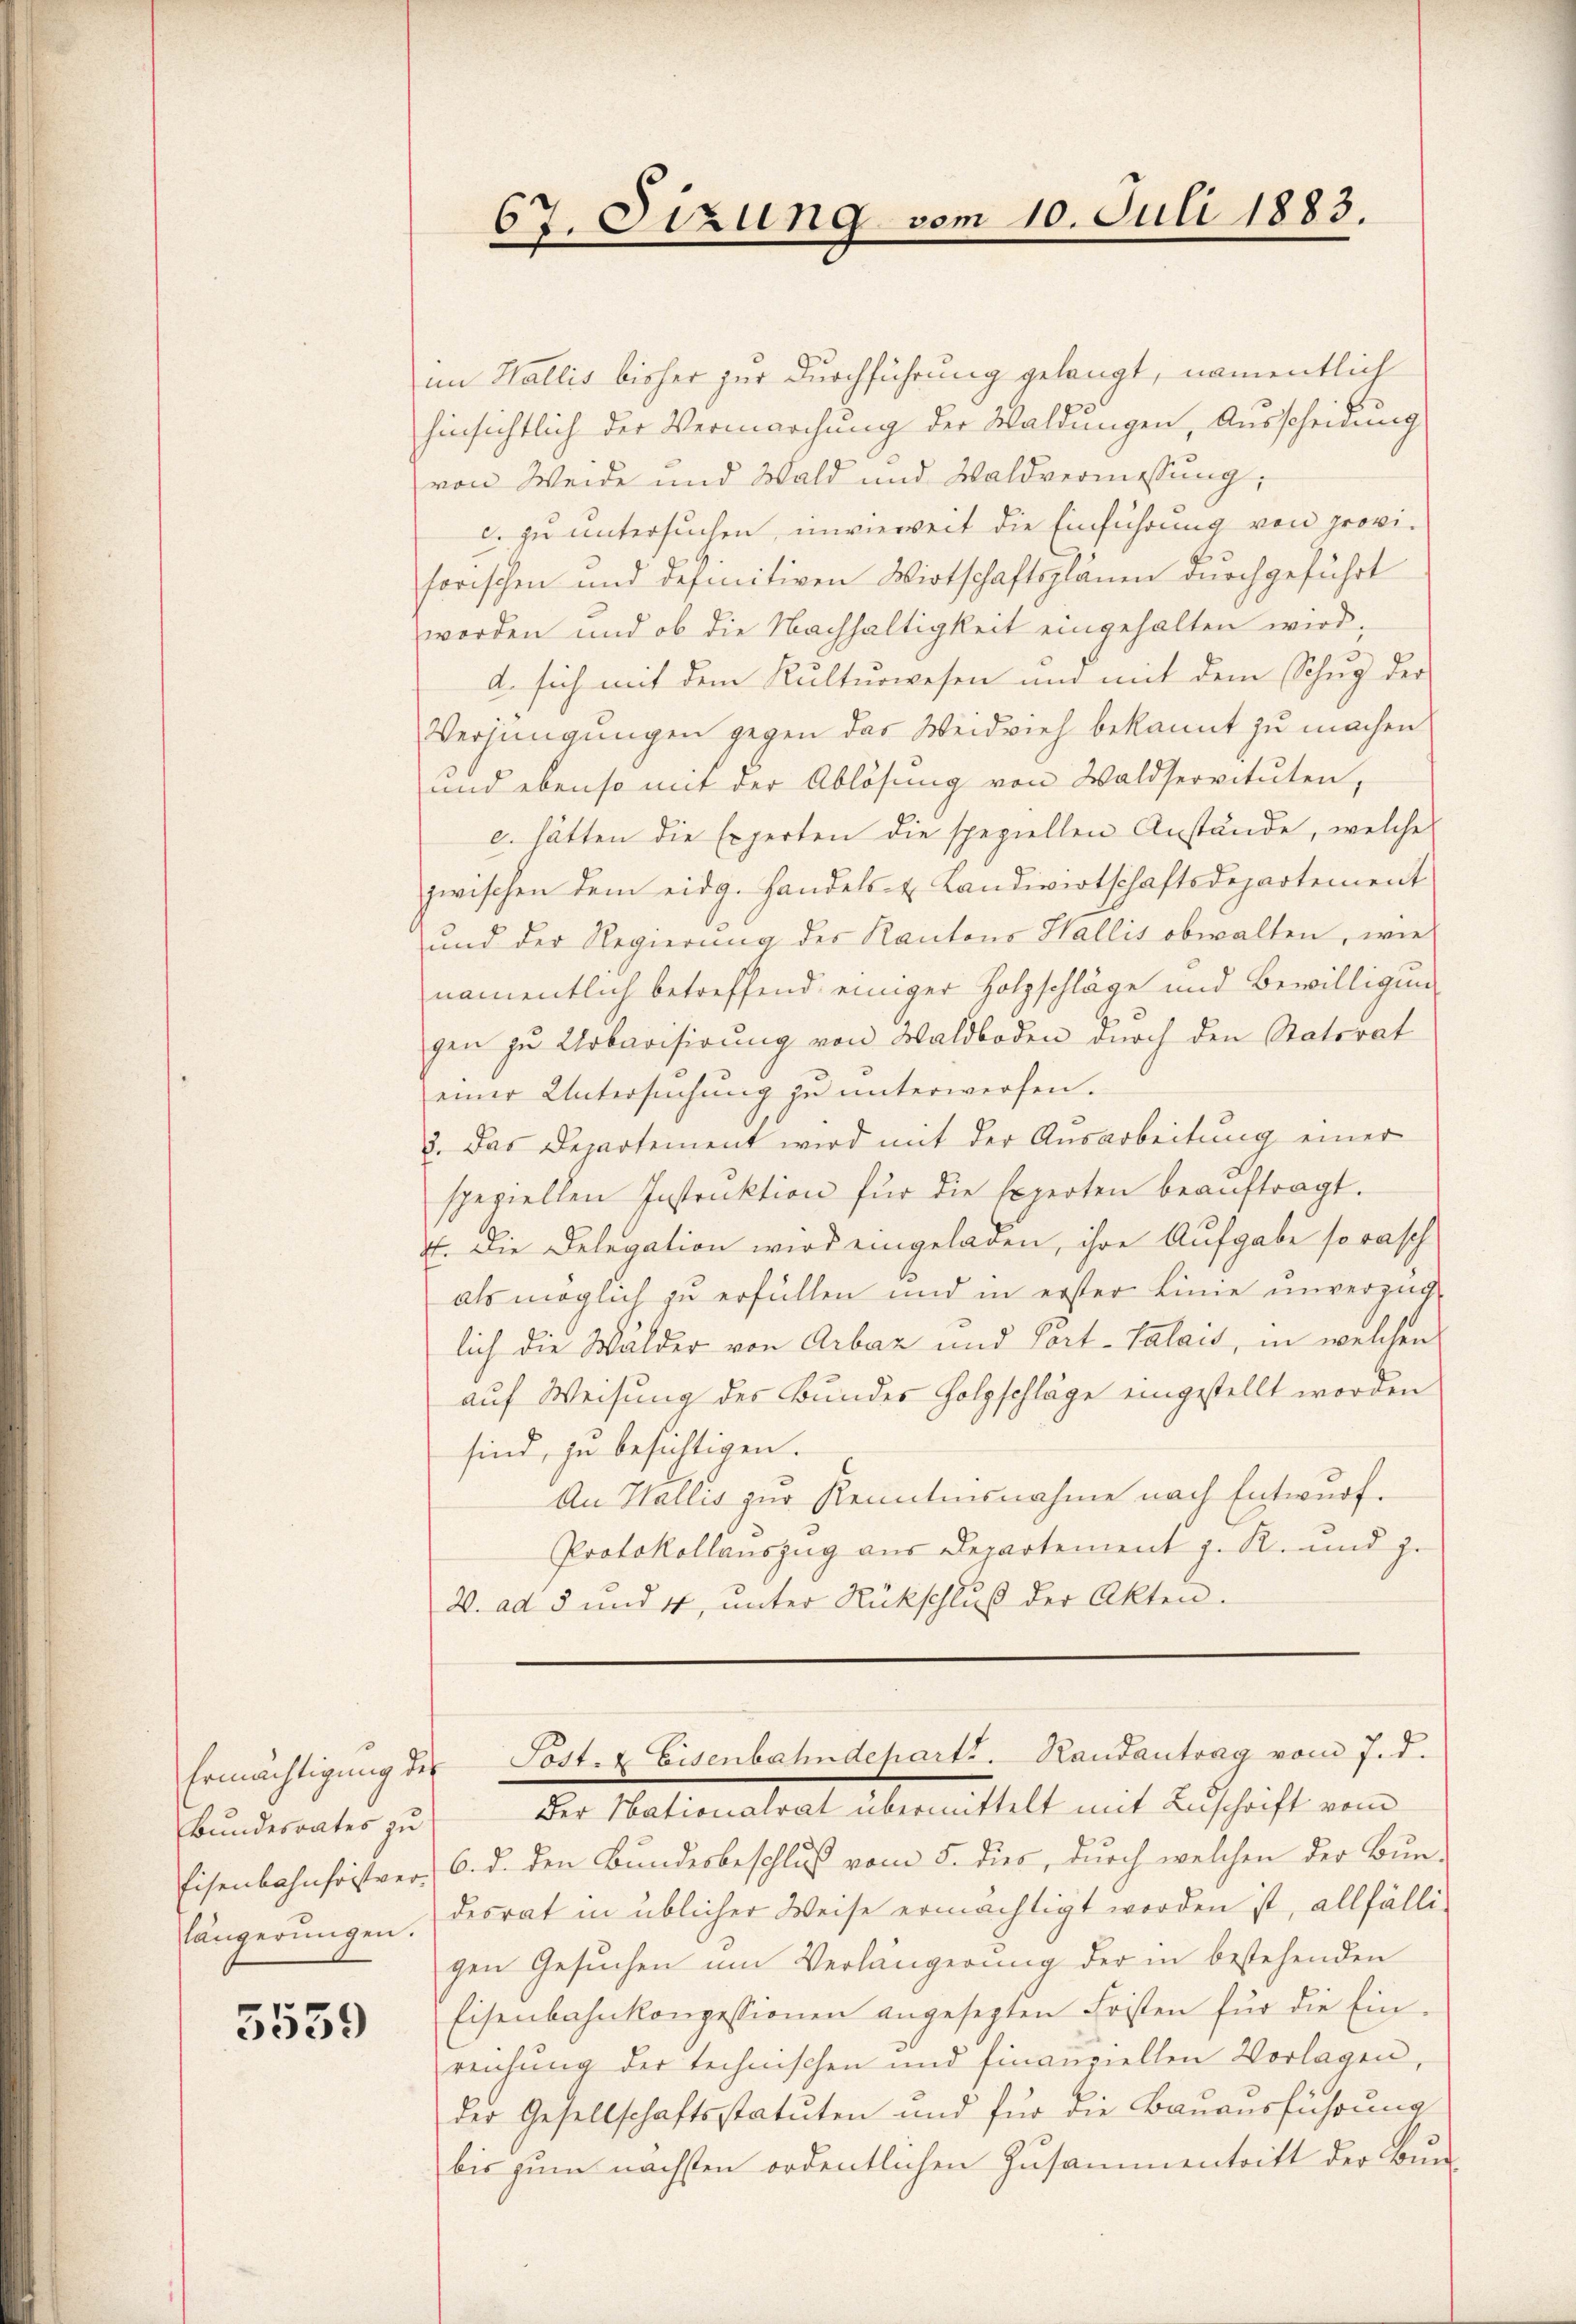
Bundesrates zu
längerŭngen.

5539

67. Sizung vom 10. Juli 1883.

im Wallis bisher zur Durchführung gelangt, namentlich
hinsichtlich der Vermarchŭng der Waldungen, Ausscheidung
von Weide und Wald und Waldvermessung;
c. zu untersuchen, inwieweit die Einführung von provihorischen und definitiven Wirtschaftsplänen durchgeführt
worden und ob die Nachhaltigkeit eingehalten wird;
d. sich mit dem Kulturwesen und mit dem Schŭg der
Verjüngungen gegen das Weidvieh bekannt zu machen
und ebenso mit der Ablösung von Waldservituten,
c. hätten die Experten die speziellen Anstände, welche
zwischen dem eidg. Handels- & Landwirtschaftsdepartement
und der Regierŭng des Kantons Wallis obwalten, wie
namentlich betreffend einiger Holzschläge und Bewilligung
gen zu Urbarisirung von Waldboden durch den Natorat
einer Untersŭchŭng zu unterwerfen.
3. Das Departement wird mit der Ausarbeitung einer
speziellen Instrŭktion für die Experten beaŭftragt.
4. Die Delegation wird eingeladen, ihre Aufgabe so rasch
als möglich zu erfüllen und in erster Linie unverzüg
lich die Wälder von Arbaz und Port-Valais, in welchen
auf Weisung des Bundes Holzschläge eingestellt worden
sind, zu besichtigen.
An Wallis zur Kenntnisnahme nach Entwurf.
Protokollauszug aus Departement z. R. und je
2. ad 5 und 4, unter Rückschluß der Akten-

Der Nationalrat übermittelt mit Zuschrift vom
Eisenbahnfristver, 6. d. den Bundesbeschluß vom 5. dies, durch welchen der Bun-
desrat in üblicher Weise ermächtigt worden ist, allfälligen Gesŭchen um Verlängerung der in bestehenden
Eisenbahnkonzessionen angesezten Fristen für die Ein-
reichung der technischen und finanziellen Vorlagen,
der Gesellschaftsstatuten und für die Bauausführung
bis zum nächsten ordentlichen Zusammentritt der Bun¬

Ermächtigŭng der Post. Eisenbahndeparti. Randantrag vom 7. d.